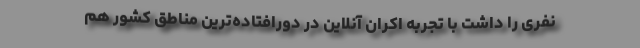
نفری را داشت با تجربه اکران آنلاین در دورافتاده‌ترین مناطق کشور هم